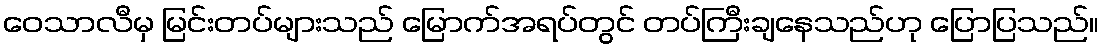
ဝေသာလီမှ မြင်းတပ်များသည် မြောက်အရပ်တွင် တပ်ကြီးချနေသည်ဟု ပြောပြသည်။